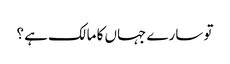
تو سارے جہاں کا مالک ہے ؟